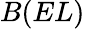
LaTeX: B(EL)